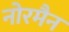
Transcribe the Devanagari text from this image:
नोरमैन